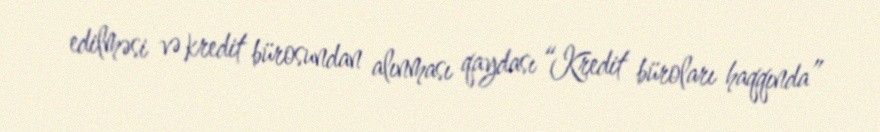
edilməsi və kredit bürosundan alınması qaydası “Kredit büroları haqqında”